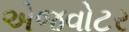
એજવોટર